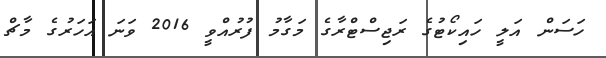
ހަސަން އަލީ ހައިކޯޓުގެ ރަޖިސްޓްރާގެ މަގާމު ފުރުއްވީ 2016 ވަނަ އަހަރުގެ މާޗް